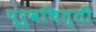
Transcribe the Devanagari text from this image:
पूर्वचित्ती